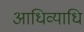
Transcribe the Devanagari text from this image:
आधिव्याधि